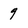
Character: 9